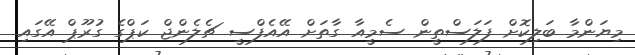
މިޔަންމާ ބަލިކޮށް ފަލަސްތީން ސެމީއާ ގާތަށް އޭއެފްސީ ޗެލެންޖް ކަޕްގެ ގުރޫޕް އޭގައި